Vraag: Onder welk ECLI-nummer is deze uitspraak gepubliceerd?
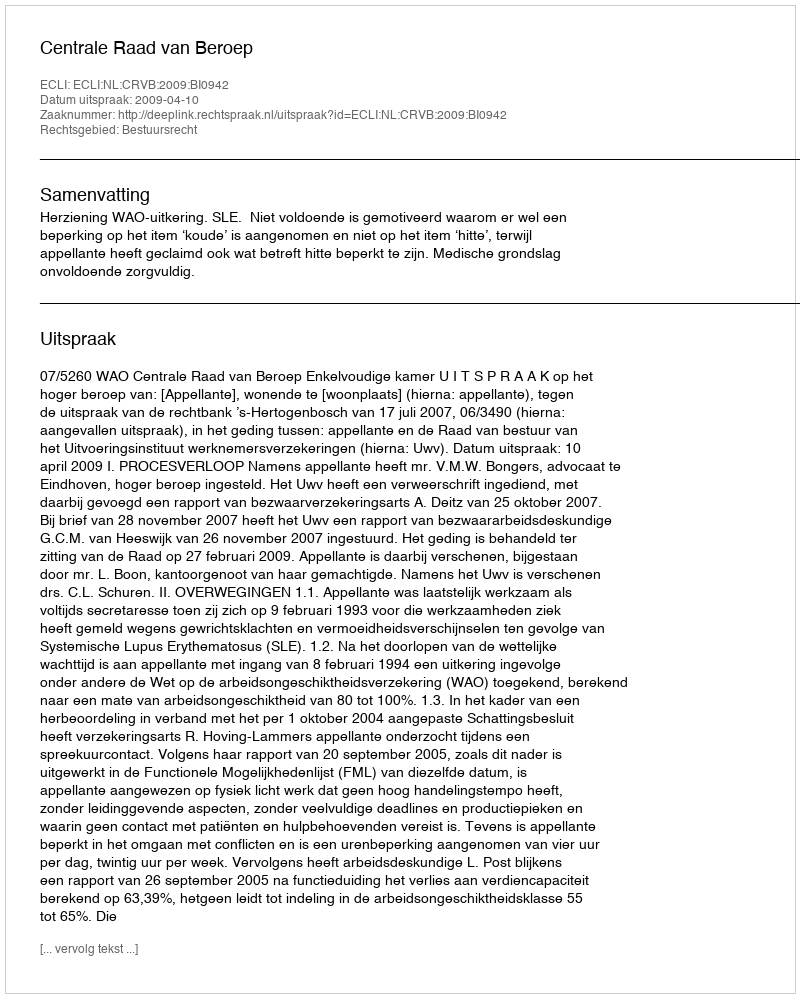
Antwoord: ECLI:NL:CRVB:2009:BI0942